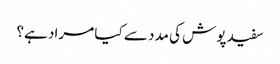
سفید پوش کی مدد سے کیا مراد ہے؟